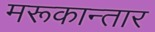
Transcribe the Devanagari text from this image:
मरूकान्तार